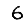
Digit: 6